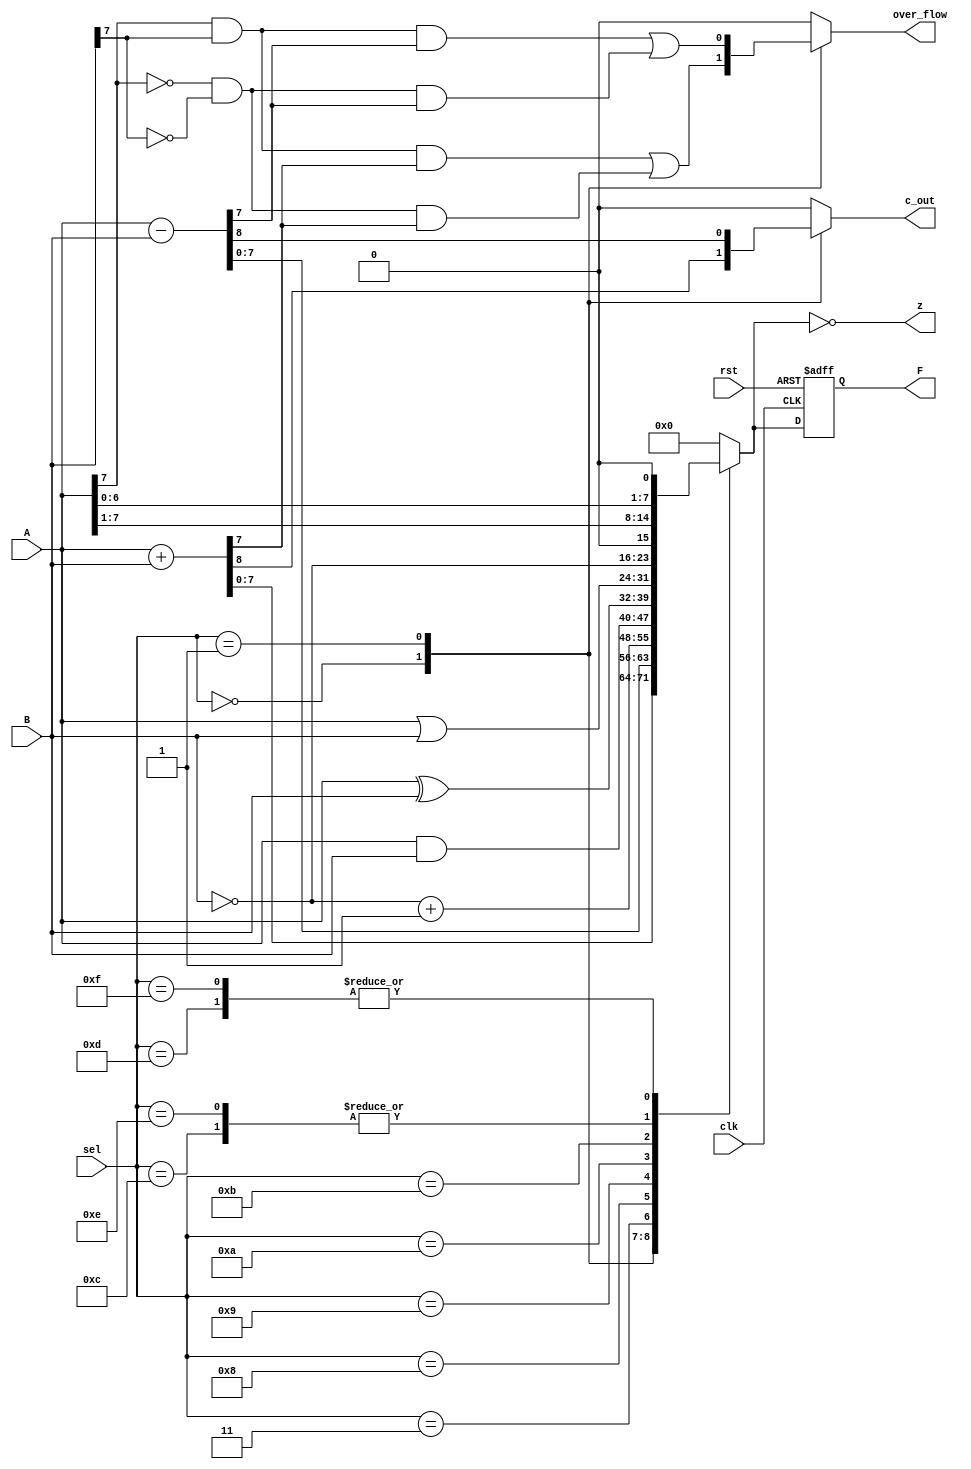
module _8bit_alu(input clk,rst,
                input [7:0]A,B,
                input [3:0]sel,
                output z,c_out,output reg  over_flow,
                output reg [7:0] F);
					 
 //output of combinational always   
 reg [8:0] comb_f;
 
//combinational always
always @ (*)
 begin
  case(sel)

   4'b0000:begin
           comb_f=A+B;
           over_flow=(A[7] & B[7] & comb_f[7]) | (~A[7] & ~B[7] & comb_f[7]); //to make overflow flag specific for arithmatic operations
           end
   4'b0001:begin
           comb_f=A-B;
           over_flow=(A[7] & B[7] & comb_f[7]) | (~A[7] & ~B[7] & comb_f[7]);
           end
   4'b0011:begin comb_f[7:0]=~B+8'd1;comb_f[8]=1'b0;over_flow=1'b0;end
   4'b1000:begin comb_f[7:0]=A&B;comb_f[8]=1'b0;over_flow=1'b0;end
   4'b1001:begin comb_f[7:0]=A^B;comb_f[8]=1'b0;over_flow=1'b0;end
   4'b1010:begin comb_f[7:0]=A|B;comb_f[8]=1'b0;over_flow=1'b0;end
   4'b1011:begin comb_f[7:0]=~B;comb_f[8]=1'b0;over_flow=1'b0;end
   4'b1100:begin comb_f[7:0]=A>>>1;comb_f[8]=1'b0;over_flow=1'b0;end
   4'b1101:begin comb_f[7:0]=A<<<1;comb_f[8]=1'b0;over_flow=1'b0;end
   4'b1110:begin comb_f[7:0]=A>>1;comb_f[8]=1'b0;over_flow=1'b0;end
   4'b1111:begin comb_f[7:0]=A<<1;comb_f[8]=1'b0;over_flow=1'b0;end

   default:begin 
	        comb_f[8:0]=9'b0;
			  comb_f[8]=1'b0;
	        over_flow=1'b0;
			  end
  endcase
 end

 //register the final output F with the clock edge
always @(posedge clk or negedge rst)
 begin
  if(!rst)
   F<=8'b0;
 else
  F<=comb_f[7:0];
end

//zero flag and carry out flag 
assign z=(comb_f[7:0]==8'b0);
assign c_out=(comb_f[8]==1'b1);

endmodule